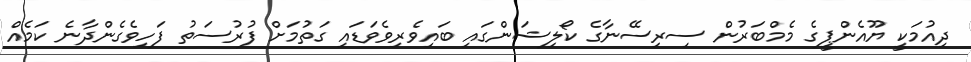
ދިއުމަކީ ޔޫއެންޕީގެ މެމްބަރުން ސިރިސޭނާގެ ކޯލިޝަންގައި ބައިވެރިވެވަޑައި ގަތުމަށް ފުރުސަތު ފަހިވެގެންދާނެ ކަމެއް